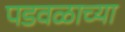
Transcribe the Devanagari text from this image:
पडवळाच्या